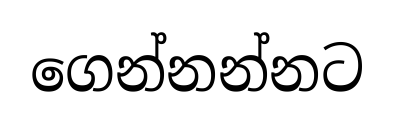
ගෙන්නන්නට